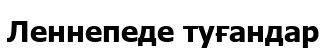
Леннепеде туғандар